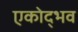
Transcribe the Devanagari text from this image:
एकोद्भव